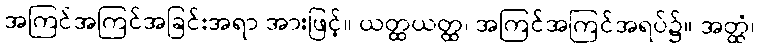
အကြင်အကြင်အခြင်းအရာ အားဖြင့်။ ယတ္ထယတ္ထ၊ အကြင်အကြင်အရပ်၌။ အတ္ထံ၊